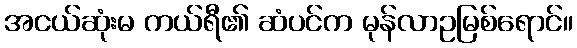
အငယ်ဆုံးမ ကယ်ရီ၏ ဆံပင်က မုန်လာဥမြစ်ရောင်။